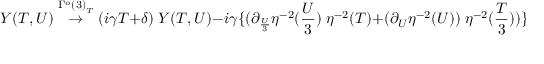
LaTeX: { \cal Y } ( T , U ) \stackrel { { \Gamma ^ { o } ( 3 ) } _ { T } } { \rightarrow } ( i \gamma T + \delta ) \; { \cal Y } ( T , U ) - i \gamma \{ ( \partial _ { \frac { U } { 3 } } \eta ^ { - 2 } ( \frac { U } { 3 } ) \; \eta ^ { - 2 } ( T ) + ( \partial _ { U } \eta ^ { - 2 } ( U ) ) \; \eta ^ { - 2 } ( \frac { T } { 3 } ) ) \} .